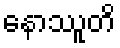
နောဿူတိ